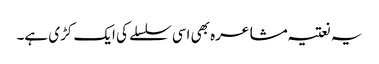
یہ نعتیہ مشاعرہ بھی اسی سلسلے کی ایک کڑی ہے۔